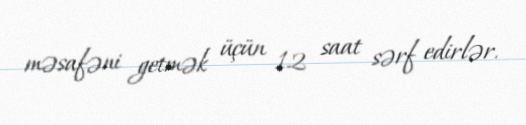
məsafəni getmək üçün 12 saat sərf edirlər.